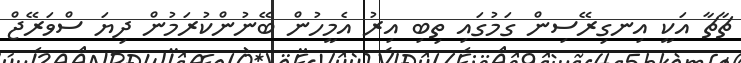
ޗާޗާ އަކީ އިނގިރޭސިން ގަމުގައި ތިބި އިރު އެމީހުން ބޭނުންކުރަމުން ދިޔަ ސްވަރޭޖް